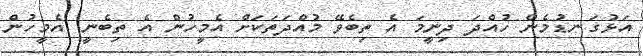
އަޅުގަނޑުމެން ހުއްދަ ދިނީމަ އެ ތިބެވޭ މުއްދަތަކަށް އެމީހުން އެ ތިބެނީ. އެމީހުން